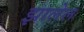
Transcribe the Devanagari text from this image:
झालेल